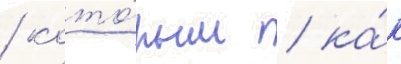
/ кото́рым / ка́к